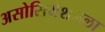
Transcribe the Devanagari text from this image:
असोसियेशनला